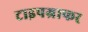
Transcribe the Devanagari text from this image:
टाइपग्राफर